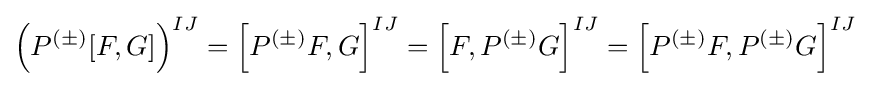
\left(P^{(\pm )}[F,G]\right)^{IJ}=\left[P^{(\pm )}F,G\right]^{IJ}=\left[F,P^{(\pm )}G\right]^{IJ}=\left[P^{(\pm )}F,P^{(\pm )}G\right]^{IJ}